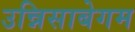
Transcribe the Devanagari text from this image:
उन्निसाबेगम